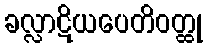
ခလ္လာဋိယပေတိဝတ္ထု